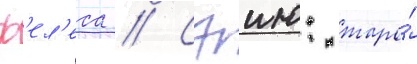
ф'ел'еса // Сэию: таро́